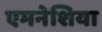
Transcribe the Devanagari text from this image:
एमनेशिया